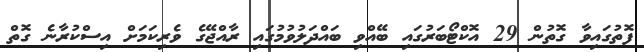
ފޮތުގައިވާ ގޮތުން 29 އޮކްޓޯބަރުގައި ބޭއްވި ބައްދަލުވުމުގައި ރާއްޖޭގެ ވެރިކަމަށް އިސްކުރާނެ ގޮތް